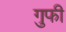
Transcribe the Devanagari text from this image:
गुफी